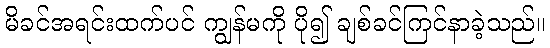
မိခင်အရင်းထက်ပင် ကျွန်မကို ပို၍ ချစ်ခင်ကြင်နာခဲ့သည်။